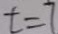
t = 7